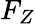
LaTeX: F_{Z}